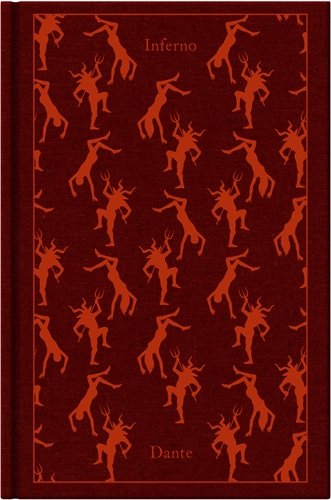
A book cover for The Divine Comedy: Volume 1: Inferno (Hardcover Classics); Dante Alighieri; Literature & Fiction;